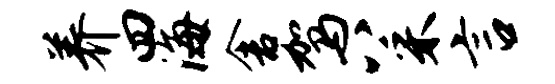
养四海舍驾八采言